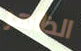
الظاهر